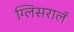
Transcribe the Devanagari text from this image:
ग्लिसरालॅ